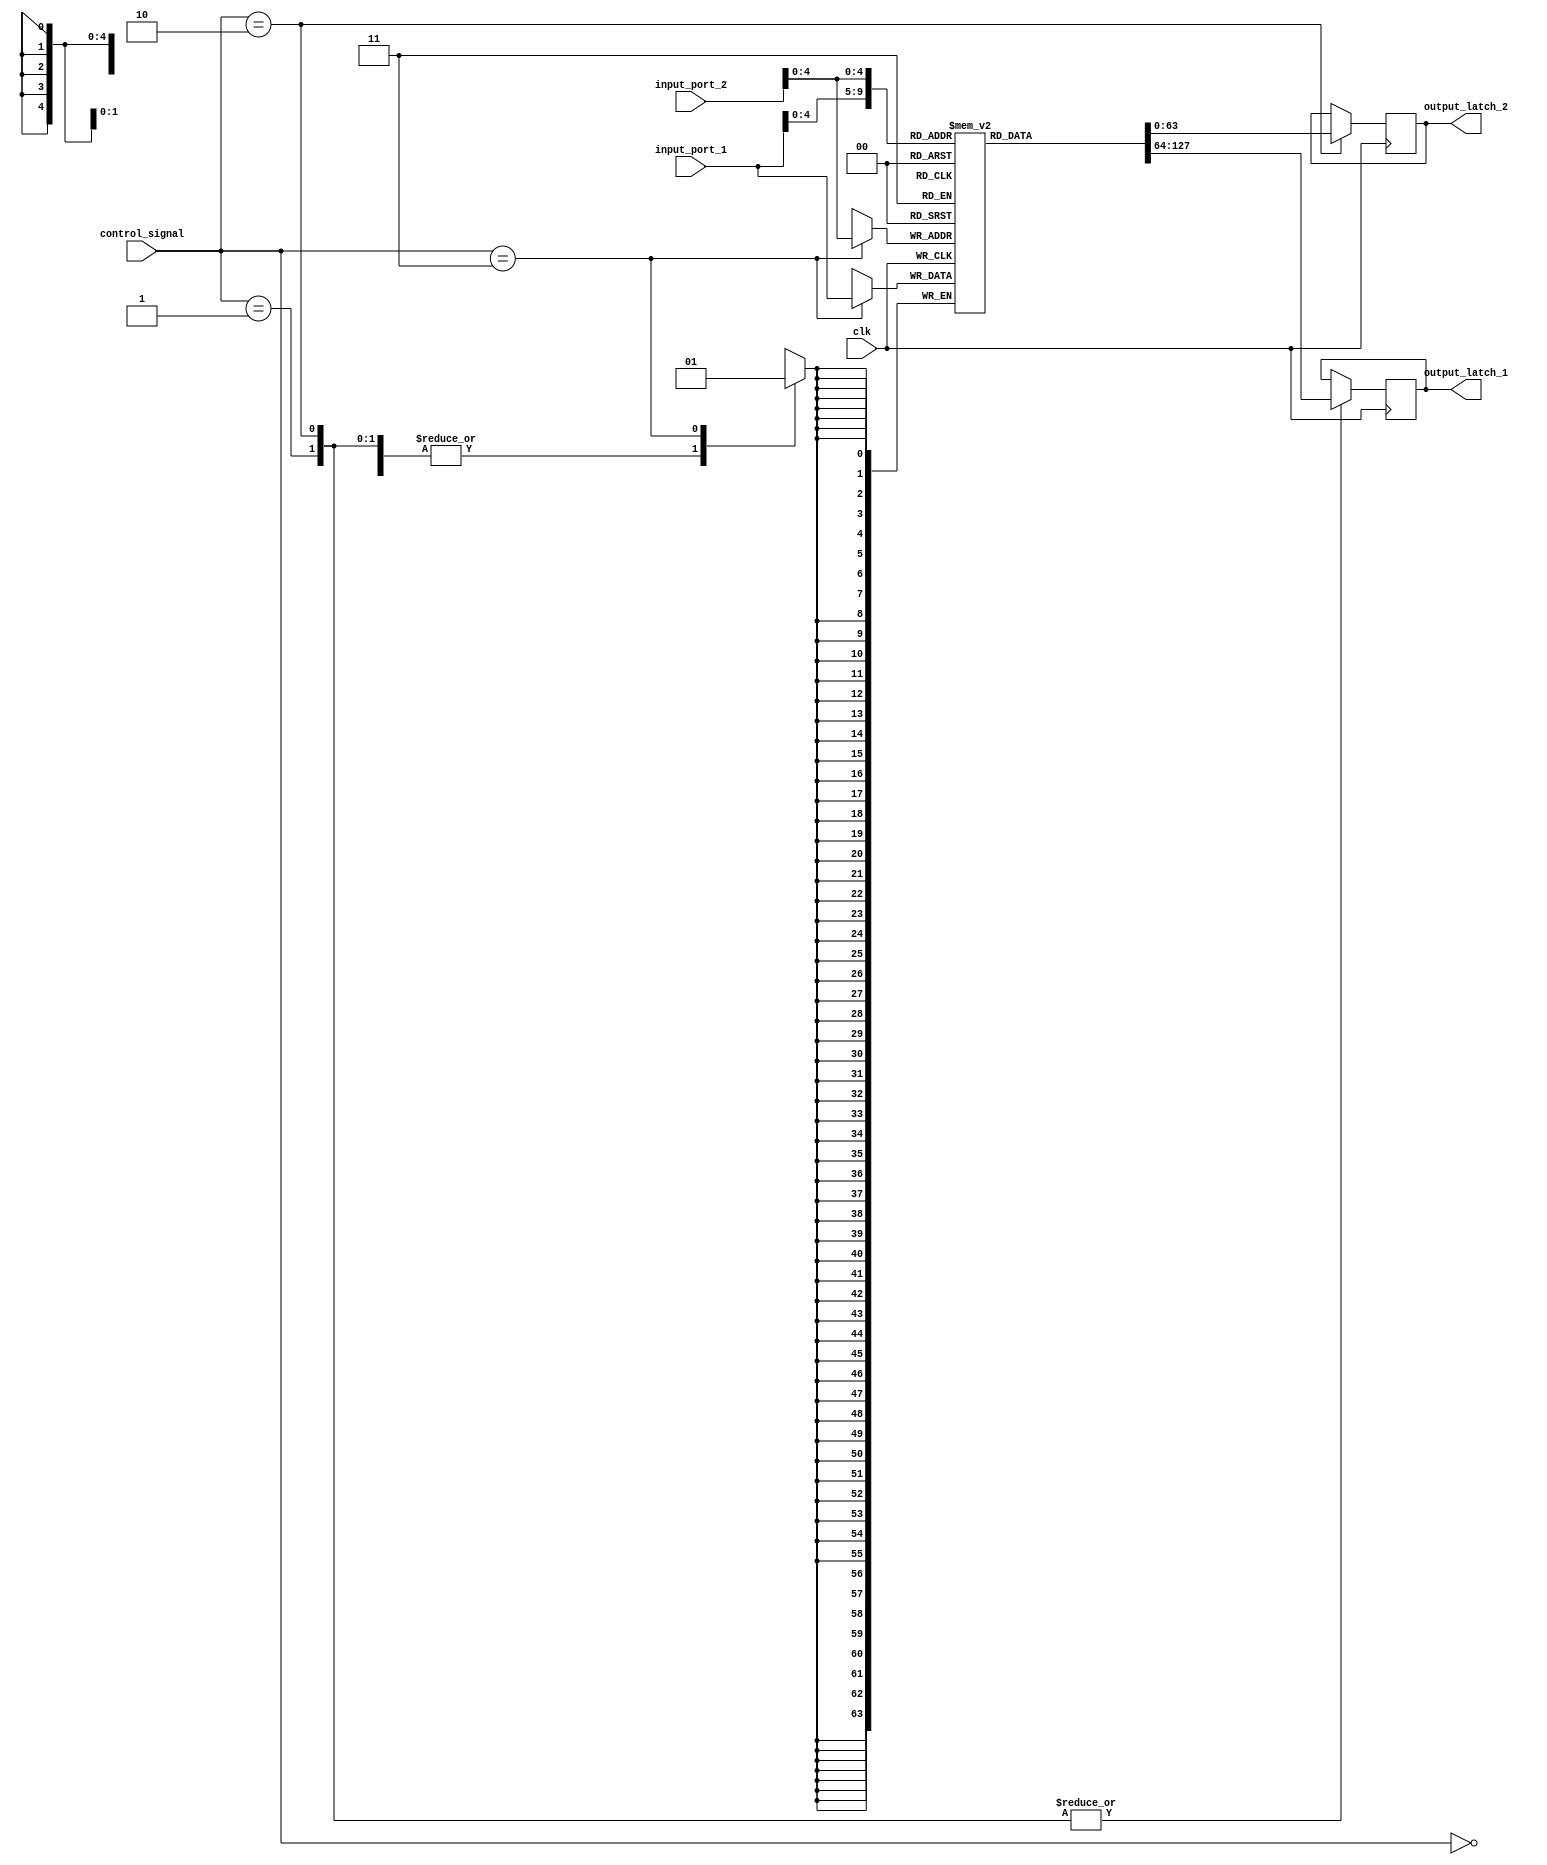
`timescale 1ns / 1ps
//////////////////////////////////////////////////////////////////////////////////
// Company: 
// Engineer: 
// 
// Design Name: 
// Module Name: register_file
// Project Name: 
// Target Devices: 
// Tool Versions: 
// Description: 
// 
// Dependencies: 
// 
// Revision:
// Revision 0.01 - File Created
// Additional Comments:
// 
//////////////////////////////////////////////////////////////////////////////////

module RegisterFile (
    input  clk,
    input  [1:0] control_signal,
    input  signed [63:0] input_port_1,
    input  signed [63:0] input_port_2,
    output reg signed [63:0] output_latch_1,
    output reg signed [63:0] output_latch_2
);

reg signed [63:0] registers [0:31];

always @(posedge clk) 
begin
    case (control_signal)
        2'b00:
        begin
            output_latch_1 <= output_latch_1;
            output_latch_2 <= output_latch_2;
        end
        2'b01: 
            output_latch_1 <= registers[input_port_1];
        2'b10: 
        begin
            output_latch_1 <= registers[input_port_1];
            output_latch_2 <= registers[input_port_2];
        end
        2'b11: 
            registers[input_port_2] <= input_port_1;
        
    endcase
end

endmodule